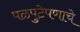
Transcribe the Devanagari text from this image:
पळपुटेपणाचे